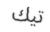
تيك